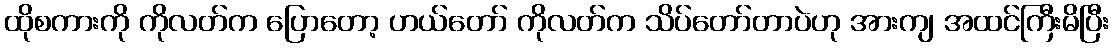
ထိုစကားကို ကိုလတ်က ပြောတော့ ဟယ်တော် ကိုလတ်က သိပ်တော်တာပဲဟု အားကျ အထင်ကြီးမိပြီး